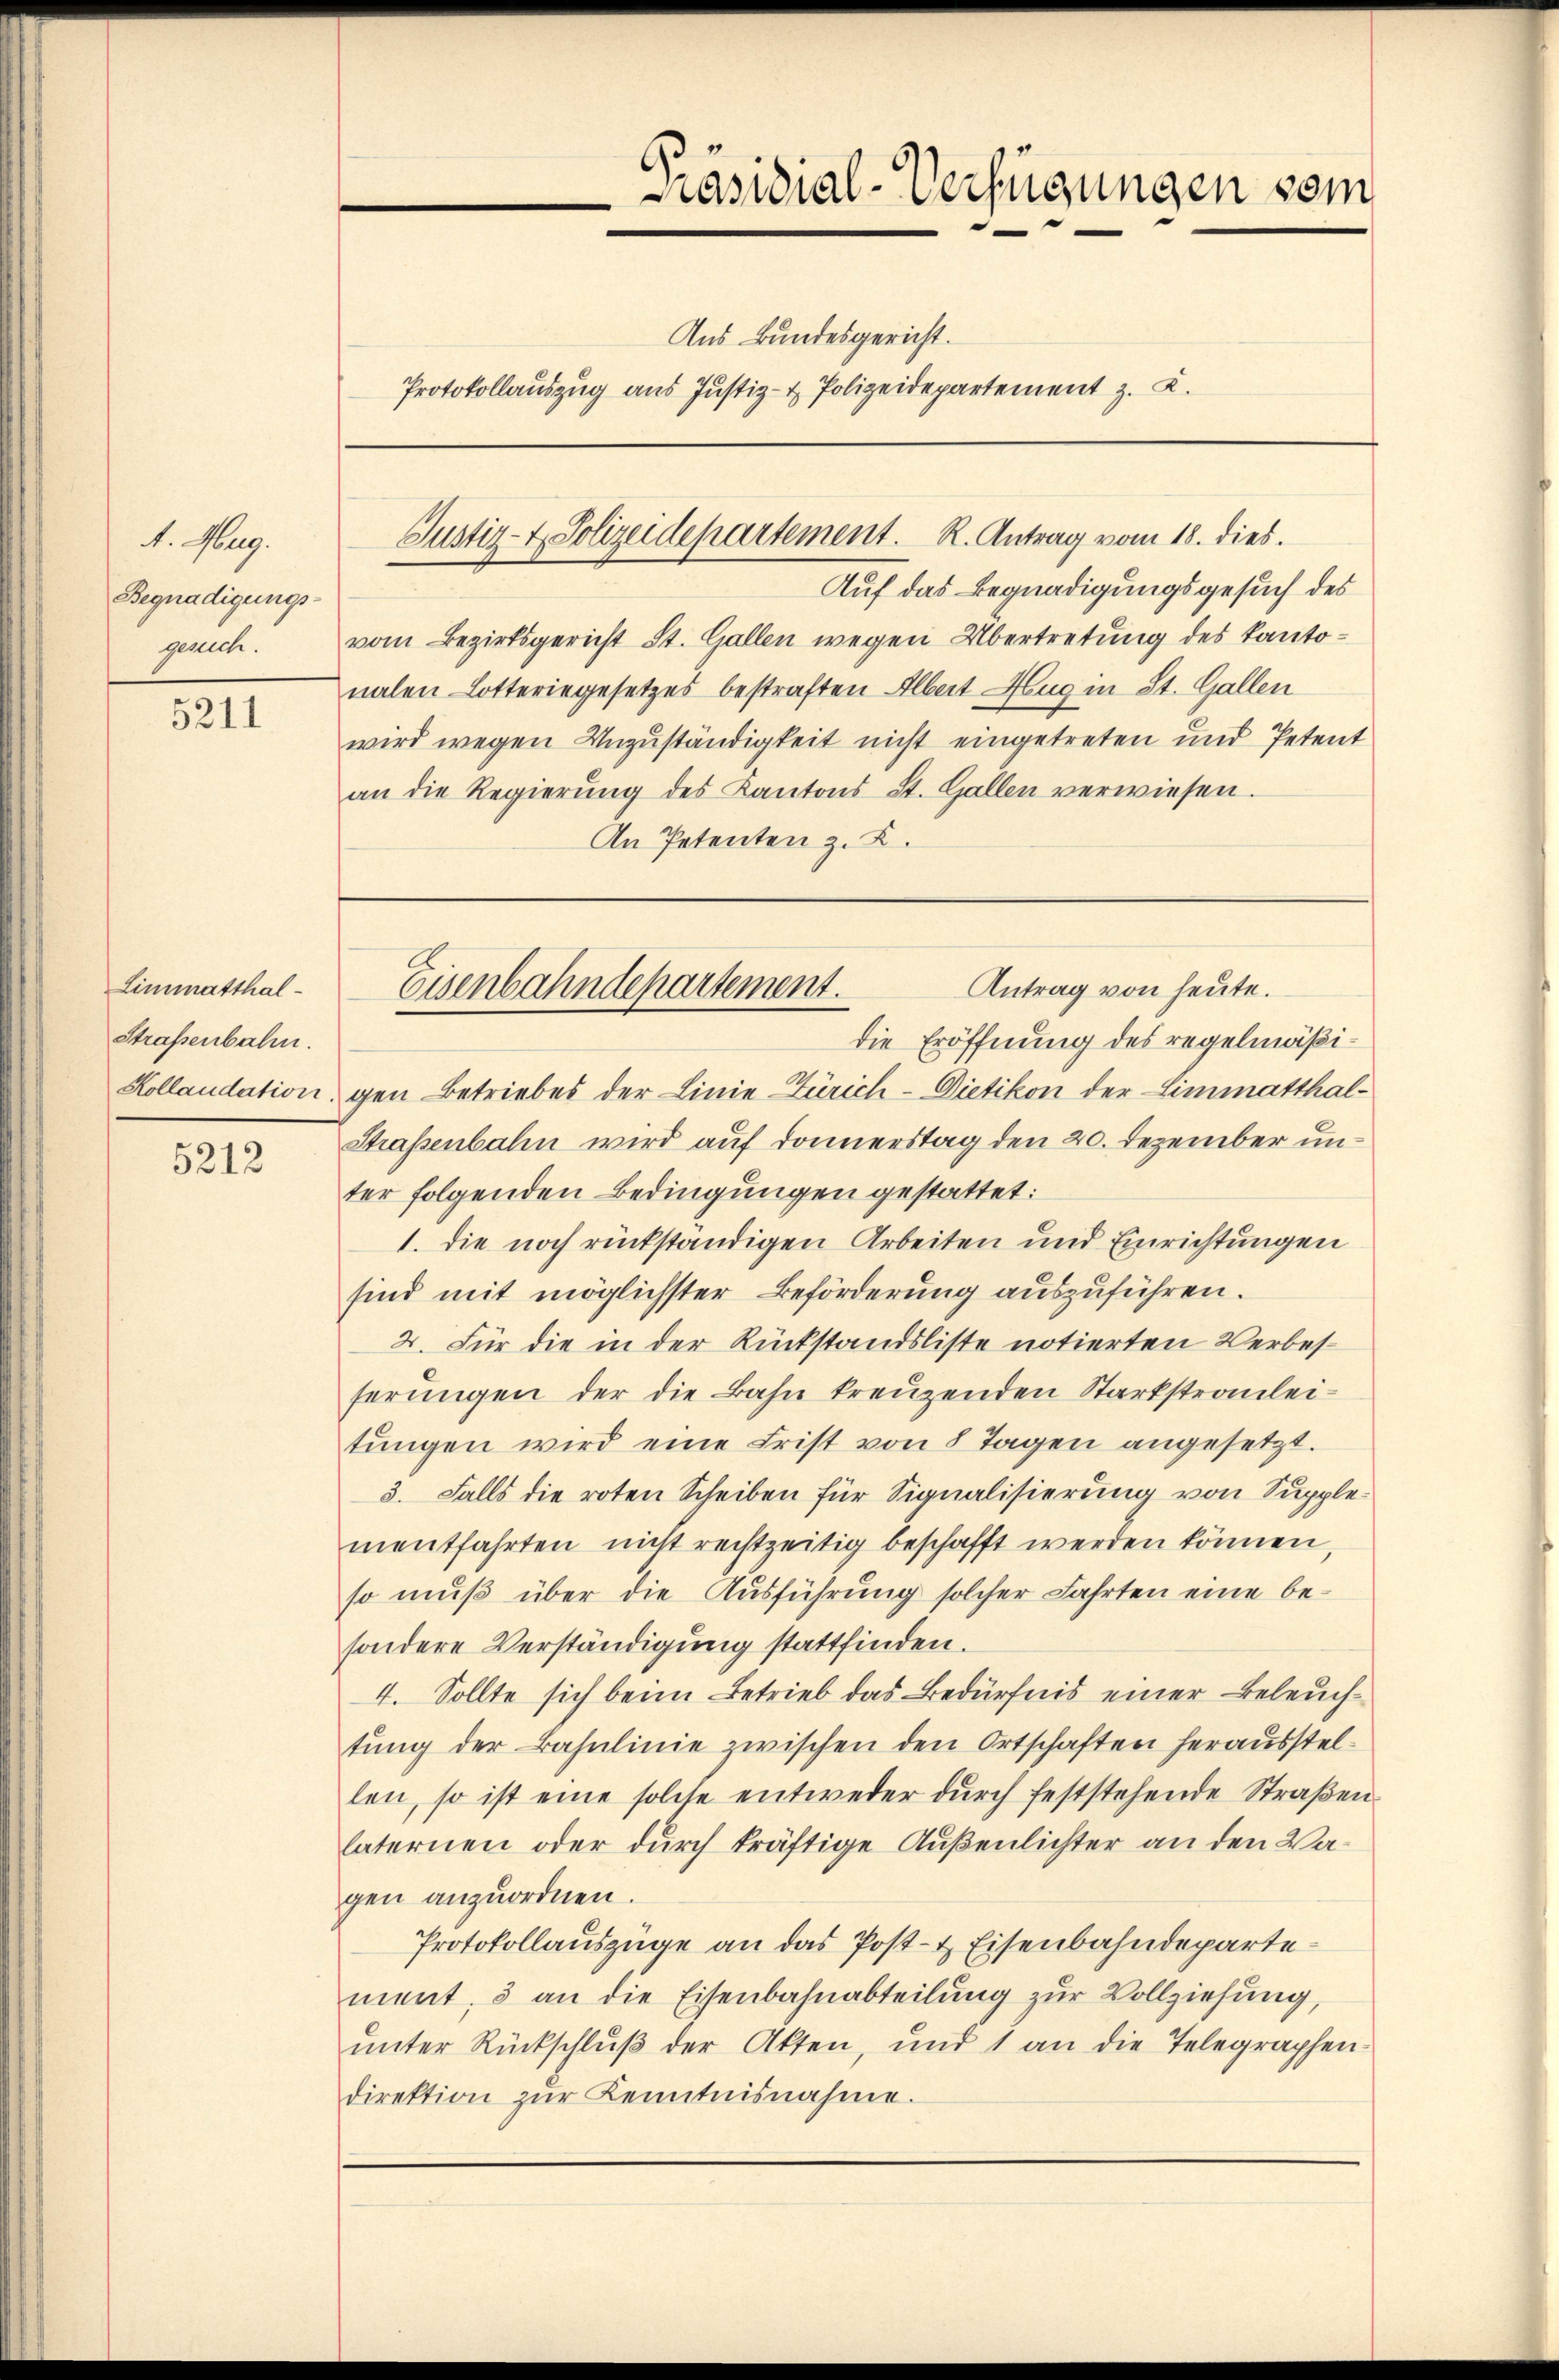
1. Aug.
Begnadigungs
gesuch.

5211

Limmatthal¬
Straßenbahn.

5212

Präsidial-Verfügungen vom
Aus Bundesgericht.
Protokollauszug aus Justiz- & Polizeidepartement z. B.

Justiz- & Polizeidepartement. R. Antrag vom 18. dies.

Auf das Begnadigungsgesuch des
vom Bezirksgericht St. Gallen wegen Übertretung des Kantonalen Lotteringesetzes bestraften Albert Hug in St. Gallen
wird wegen Unzuständigkeit nicht eingetreten und Petent
an die Regierŭng des Kantons St. Gallen verwiesen.
An Petenten z. B.

Antrag von heute.
Eisenbahndepartement.

die Eröffnung des regelmäßi¬
Kollaudation gen Betriebes der Linie Zürich-Dietikon der Limmatthal¬
Straßenbahn wird auf Donnerstag den 20. Dezember unter folgenden Bedingungen gestattet:
1. die noch rückständigen Arbeiten und Einrichtungen
sind mit möglichster Beförderung auszuführen.
2. Für die in der Rückstandsliste notierten Verbesserŭngen der die Bahn kreuzenden Starkstrauleitŭngen wird eine Frist von 8 Tagen angesetzt.
3. Falls die roten Scheiben für Signalisierung von Supplementfahrten nicht rechtzeitig beschafft werden können,
so muß über die Ausführung solcher Fahrten eine besondere Verständigung stattfinden.
4. Sollte sich beim Betrieb das Bedürfnis einer Beleuchtung der Bahnlinie zwischen den Ortschaften herausstellen, so ist eine solche entweder dŭrch feststehende Straβen-
laternen oder durch kräftige Außenlichter an den Vagen anzuordnen.
Protokollauszüge an das Post- & Eisenbahndepartement, 3 an die Eisenbahnabteilung zur Vollziehung,
ŭnter Rückschlŭβ der Akten, und 1 an die Telegraphen-
direktion zŭr Kenntnisnahme.